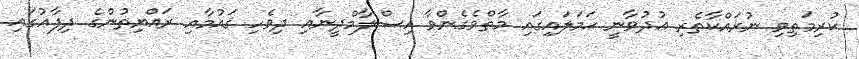
ކުރިމަތިވި ނުރައްކާތެރި ޢުދުވާނީ ޙަމަލައިގައި މާތްވެގެންވާ އިސްލާމްދީނާއި ދިވެހި ޤައުމާއި ރައްޔިތުންގެ ދިފާޢުގައި